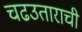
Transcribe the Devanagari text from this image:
चढउताराची